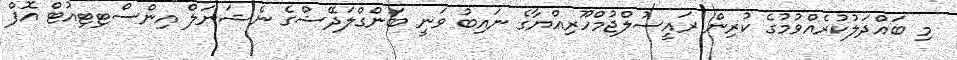
މި ބައްދަލުކުރެއްވުމުގެ ކުރިން ރައީސުލްޖުމްހޫރިއްޔާގެ ނައިބު ވަނީ ބަންގްލަދޭޝްގެ ނެޝަނަލް އިންސްޓިޓިއުޓް އޮފް